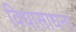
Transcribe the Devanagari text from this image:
विधासाधना